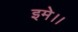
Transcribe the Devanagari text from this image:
इमे।।